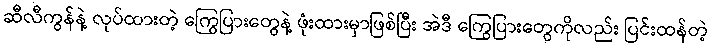
ဆီလီကွန်နဲ့ လုပ်ထားတဲ့ ကြွေပြားတွေနဲ့ ဖုံးထားမှာဖြစ်ပြီး အဲဒီ ကြွေပြားတွေကိုလည်း ပြင်းထန်တဲ့